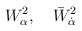
\begin{align*}W_\alpha^2,\quad \bar W_{\dot\alpha}^2\end{align*}